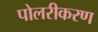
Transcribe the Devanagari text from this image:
पोलरीकरण